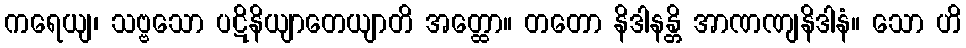
ကရေယျ၊ သဗ္ဗသော ပဋိနိယျာတေယျာတိ အတ္ထော။ တတော နိဒါနန္တိ အာဏဏျနိဒါနံ။ သော ဟိ